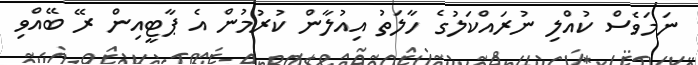
ނަމަވެސް ކުއްލި ނުރައްކަލުގެ ހާލަތު އިއުލާން ކުރުމުން އެ ޕާޓީއިން ރޭ ބޭއްވި